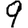
Digit: 9